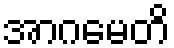
အာဂမေတိ